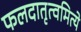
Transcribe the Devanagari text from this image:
फलदातृत्वमित्ये